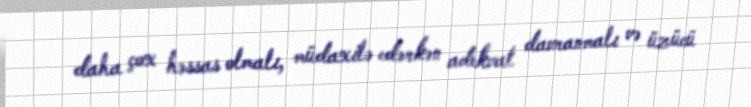
daha çox həssas olmalı, müdaxilə edərkən adekvat davranmalı və üzücü